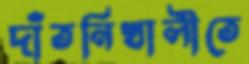
দাঁতনিখালীতে